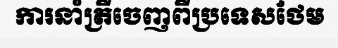
ការនាំត្រីចេញពីប្រទេសថែម